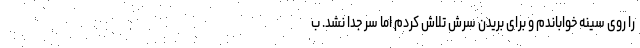
را روی سینه خواباندم و برای بریدن سرش تلاش کردم اما سر جدا نشد. ب